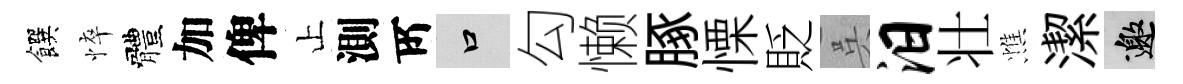
饌悴體加俾止測𠩄口勾懒䐁慄貶呉汨壮憔潔邀